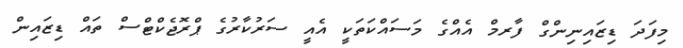
މިފަދަ ޑިޒައިނިންގް ފާރމް އެއްގެ މަސައްކަތަކީ އެއީ ސަރުކާރުގެ ޕްރޮޖެކްޓްސް ތައް ޑިޒައިން